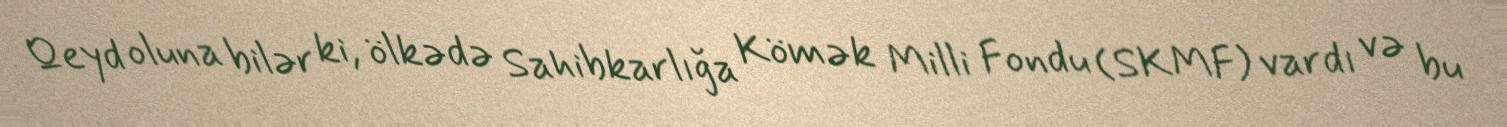
Qeyd oluna bilər ki, ölkədə Sahibkarlığa Kömək Milli Fondu (SKMF) vardı və bu